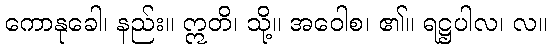
ကောနုခေါ၊ နည်း။ ဣတိ၊ သို့။ အဝေါစ၊ ၏။ ရဋ္ဌပါလ၊ လ။